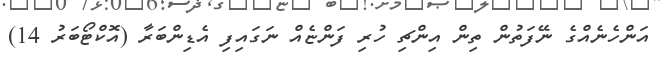
އަންހެނެއްގެ ނޭފަތުން ތިން އިންޗި ހުރި ފަންޏެއް ނަގައިފި އެޑިންބަރާ (އޮކްޓޯބަރު 14)